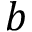
b